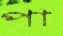
পা